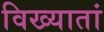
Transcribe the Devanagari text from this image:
विख्यातां